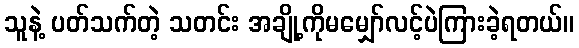
သူနဲ့ ပတ်သက်တဲ့ သတင်း အချို့ကိုမမျှော်လင့်ပဲကြားခဲ့ရတယ်။